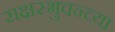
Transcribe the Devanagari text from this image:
राक्षस्भुवन्च्या